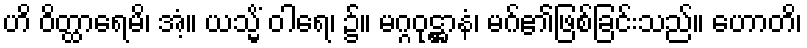
ဟိ ဝိတ္ထာရေမိ၊ အံ့။ ယသ္မိံ ဝါရေ၊ ၌။ မဂ္ဂဝုဋ္ဌာနံ၊ မဂ်၏ဖြစ်ခြင်းသည်။ ဟောတိ၊